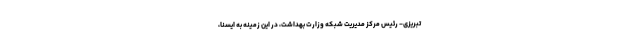
تبریزی- رئیس مرکز مدیریت شبکه وزارت بهداشت، در این زمینه به ایسنا،